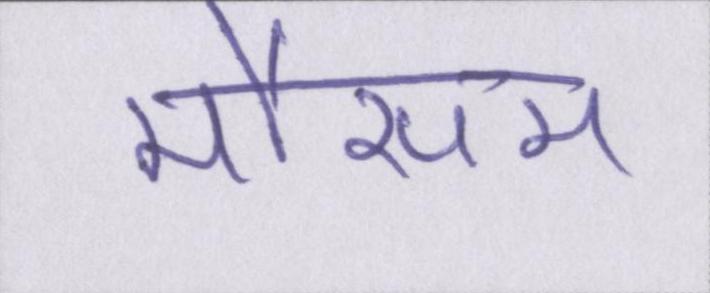
मौसम